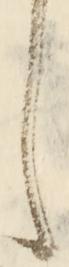
し